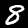
Label: 8